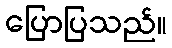
ပြောပြသည်။